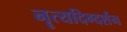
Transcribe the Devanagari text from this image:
नॄत्यदिग्दर्शन